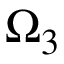
\Omega _ { 3 }